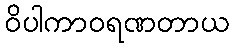
ဝိပါကာဝရဏတာယ